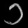
Digit: ၁